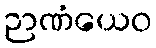
ဉာဏံယေဝ